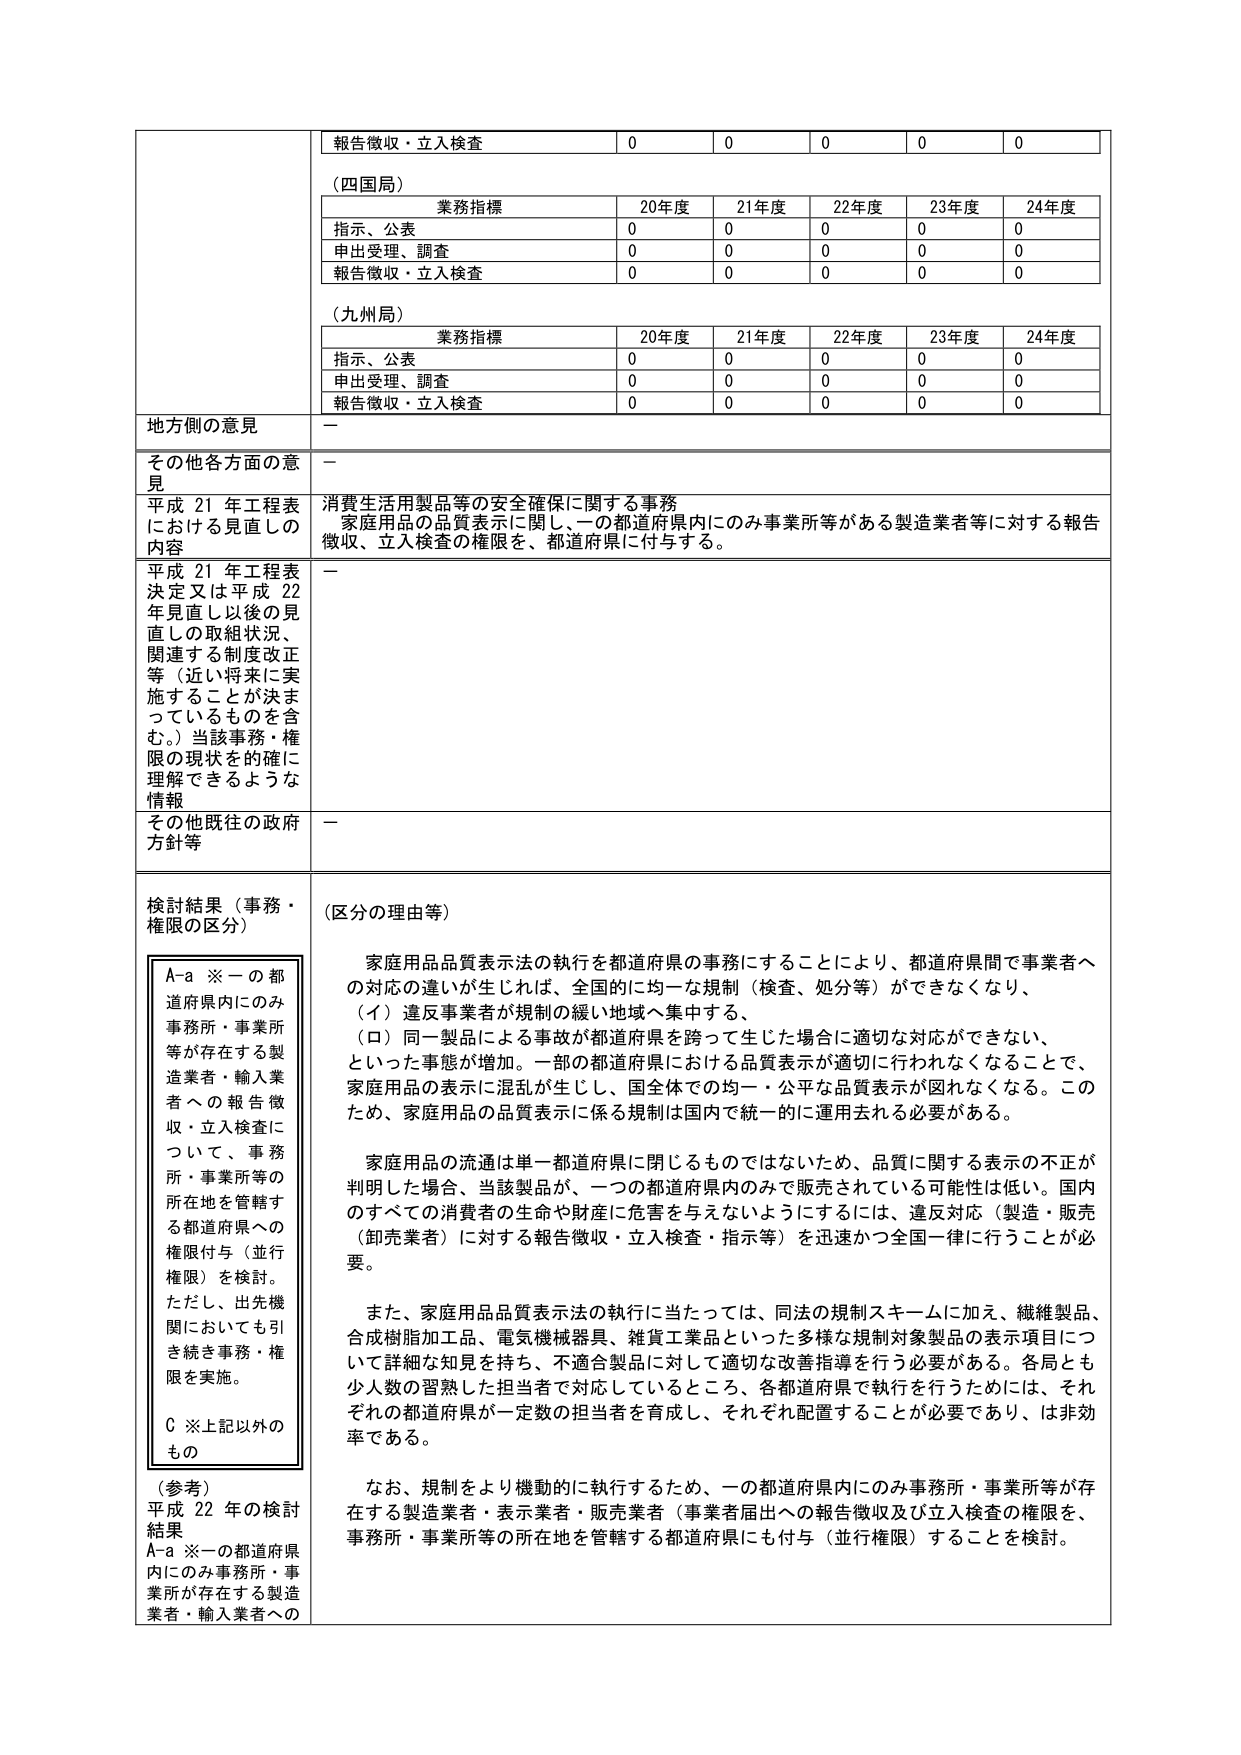
報告徴収・立入検査 0 0 0 0 0
（四国局）
業務指標 20年度 21年度 22年度 23年度 24年度
指示、公表 0 0 0 0 0
申出受理、調査 0 0 0 0 0
報告徴収・立入検査 0 0 0 0 0
（九州局）
業務指標 20年度 21年度 22年度 23年度 24年度
指示、公表 0 0 0 0 0
申出受理、調査 0 0 0 0 0
報告徴収・立入検査 0 0 0 0 0
地方側の意見 －
その他各方面の意見 －
平成21年工程表における見直しの内容 消費生活用製品等の安全確保に関する事務
家庭用品の品質表示に関し、一の都道府県内にのみ事業所等がある製造業者等に対する報告徴収、立入検査の権限を、都道府県に付与する。
平成21年工程表決定又は平成22年見直し以後の見直しの取組状況、関連する制度改正等（近い将来に実施することが決まっているものを含む。）当該事務・権限の現状を的確に理解できるような情報 －
その他既往の政府方針等 －
検討結果（事務・権限の区分）
A-a ※一の都道府県内にのみ事務所・事業所等が存在する製造業者・輸入業者への報告徴収・立入検査について、事務所・事業所等の所在地を管轄する都道府県への権限付与（並行権限）を検討。ただし、出先機関においても引き続き事務・権限を実施。
C ※上記以外のもの
（参考）平成22年の検討結果 A-a ※一の都道府県内にのみ事務所・事業所が存在する製造業者・輸入業者への
（区分の理由等）
家庭用品品質表示法の執行を都道府県の事務にすることにより、都道府県間で事業者への対応の違いが生じれば、全国的に均一な規制（検査、処分等）ができなくなり、
（イ）違反事業者が規制の緩い地域へ集中する、
（ロ）同一製品による事故が都道府県を跨って生じた場合に適切な対応ができない、
といった事態が増加。一部の都道府県における品質表示が適切に行われなくなることで、家庭用品の表示に混乱が生じし、国全体での均一・公平な品質表示が図れなくなる。このため、家庭用品の品質表示に係る規制は国内で統一的に運用去れる必要がある。
家庭用品の流通は単一都道府県に閉じるものではないため、品質に関する表示の不正が判明した場合、当該製品が、一つの都道府県内のみで販売されている可能性は低い。国内のすべての消費者の生命や財産に危害を与えないようにするには、違反対応（製造・販売（卸売業者）に対する報告徴収・立入検査・指示等）を迅速かつ全国一律に行うことが必要。
また、家庭用品品質表示法の執行に当たっては、同法の規制スキームに加え、繊維製品、合成樹脂加工品、電気機械器具、雑貨工業品といった多様な規制対象製品の表示項目について詳細な知見を持ち、不適合製品に対して適切な改善指導を行う必要がある。各局とも少人数の習熟した担当者で対応しているところ、各都道府県で執行を行うためには、それぞれの都道府県が一定数の担当者を育成し、それぞれ配置することが必要であり、は非効率である。
なお、規制をより機動的に執行するため、一の都道府県内にのみ事務所・事業所等が存在する製造業者・表示業者・販売業者（事業者届出への報告徴収及び立入検査の権限を、事務所・事業所等の所在地を管轄する都道府県にも付与（並行権限）することを検討。